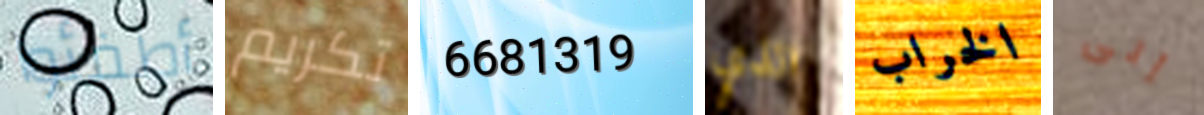
أطفئوا تكريم 6681319 الذي الخراب إلى